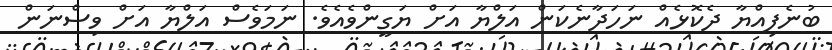
ބުނެފިއްޔާ ދެކޮޅެއް ނަހަދާނެކަން އަލްޔާ އަށް ޔަގީންވެއެވެ. ނަމަވެސް އަލްޔާ އަށް ވިސްނަން